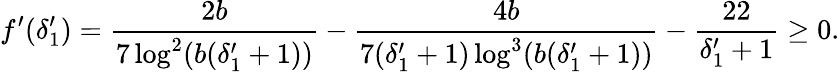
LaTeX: f^{\prime}(\delta_{1}^{\prime})=\frac{2b}{7\log^{2}(b(\delta_{1}^{\prime}+1))}-\frac{4b}{7(\delta_{1}^{\prime}+1)\log^{3}(b(\delta_{1}^{\prime}+1))}-\frac{22}{\delta_{1}^{\prime}+1}\geq 0.